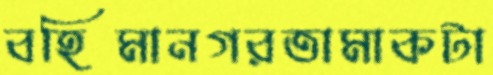
বহিমানগরতামাকটা